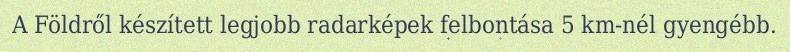
A Földről készített legjobb radarképek felbontása 5 km-nél gyengébb.